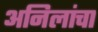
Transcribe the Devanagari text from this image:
अनिलांचा